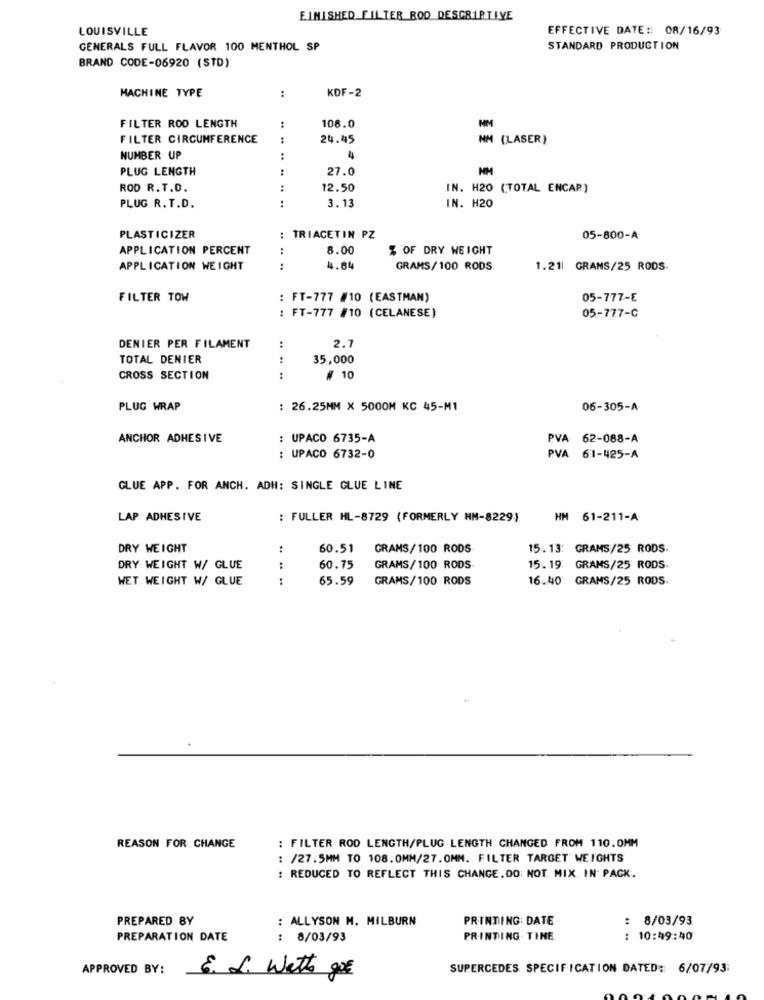
FINISHED FILTER BOD DESCRIPTIVE
LOUISVILLE
EFFECTIVE DATE :: 08/16/93
GENERALS FULL FLAVOR 100 MENTHOL SP
STANDARD PRODUCTION
BRAND CODE-06920 (STD)
:
KDF-2
MACHINE TYPE
FILTER ROD LENGTH
108.0
FILTER CIRCUMFERENCE
:
24.45
NM
(LASER )
NUMBER UP
:
PLUG LENGTH
:
27.0
NM
ROD R.T.D.
:
12.50
IN. H20 (TOTAL ENCAP)
:
3.13
PLUG R.T.D.
IN. H20
PLASTICIZER
: TRIACETIN PZ
05-800-A
APPLICATION PERCENT
8.00
% OF DRY WEIGHT
...
APPLICATION WEIGHT
4.64
GRAMS/100 RODS
1.211 GRAMS/25 RODS.
FILTER TOW
: FT-777 #10 (EASTMAN)
05-777-8
: FT-777 #10 (CELANESE)
05-777-C
2.7
DENIER PER FILAMENT
TOTAL DENIER
.. ..
35,000
CROSS SECTION
# 10
PLUG WRAP
: 26.25MM X 5000M KC 45-M1
06-305-A-
ANCHOR ADHESIVE
: UPACO 6735-A
PVA 62-088-A
: UPACO 6732-0
PVA 61-425-A
GLUE APP. FOR ANCH. ADH: SINGLE GLUE LINE
LAP ADHESIVE
: FULLER HL-8729 (FORMERLY HM-8229)
HM 61-211-A
DRY WEIGHT
:
60.51
GRAMS/100 RODS
15. 13: GRAMS/25: RODS.
..
DRY WEIGHT W/ GLUE
:
60.75
GRAMS/100 RODS.
15. 19: GRAMS/25 RODS.
WET WEIGHT W/ GLUE
:
65.59
GRAMS/100 RODS
16.40 GRAMS/25 RODS
REASON FOR CHANGE
: FILTER ROD LENGTH/PLUG LENGTH CHANGED FROM 110.0MM
: /27.5MM TO 108.0MM/27.OMN. FILTER TARGET WEIGHTS
: REDUCED TO REFLECT THIS CHANGE.DO: NOT. MIX. IN PACK.
PREPARED BY
: ALLYSON M. MILBURN
PRINTING: DATE
: 8/03/93
PREPARATION DATE
: 8/03/93
PRINTING TIME
: 10:49:40
APPROVED BY:
SUPERCEDES SPECIFICATION DATED: 6/07/93:
6. L. Watts goe